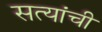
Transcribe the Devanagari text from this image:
सत्यांची